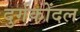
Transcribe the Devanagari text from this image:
दुर्गकोंदल